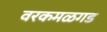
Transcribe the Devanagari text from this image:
वरकमळगड